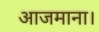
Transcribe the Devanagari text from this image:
आजमाना।